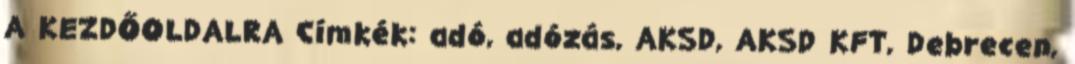
A KEZDŐOLDALRA Címkék: adó, adózás, AKSD, AKSD KFT, Debrecen,